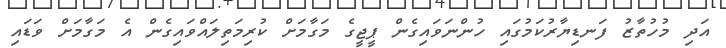
އަދި މުހުތާޒު ފަނޑިޔާރުކަމުގައި ހުންނަވައިގެން ޕީޖީގެ މަގާމަށް ކުރިމަތިލައްވައިގެން އެ މަގާމަށް ވަޑައި